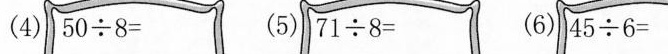
(4)5÷8= (5)71÷8= (6)45÷6=